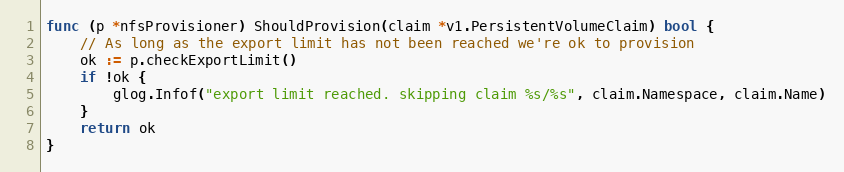
Language: Go
func (p *nfsProvisioner) ShouldProvision(claim *v1.PersistentVolumeClaim) bool {
	// As long as the export limit has not been reached we're ok to provision
	ok := p.checkExportLimit()
	if !ok {
		glog.Infof("export limit reached. skipping claim %s/%s", claim.Namespace, claim.Name)
	}
	return ok
}